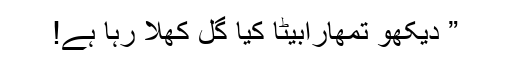
” دیکھو تمھارابیٹا کیا گُل کھلا رہا ہے!